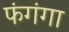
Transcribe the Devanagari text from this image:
फंगंगा